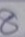
8